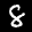
Label: 8